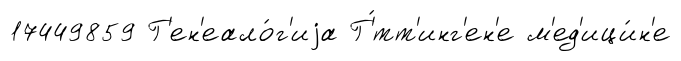
17449859 Г'ен'еало́г'иjа Г'́тт'инг'ен'е м'ед'ици́н'е